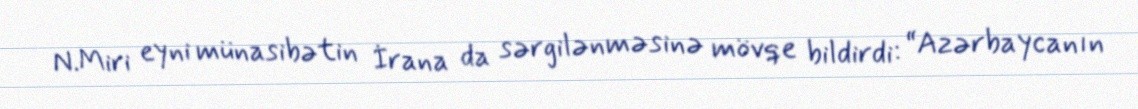
N.Miri eyni münasibətin İrana da sərgilənməsinə mövqe bildirdi: “Azərbaycanın